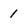
Character: 1